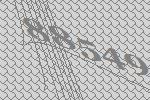
88549